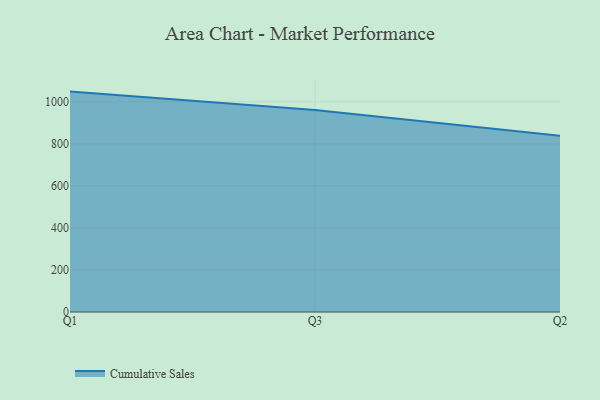
{"axis": {"x": "Quarter", "y": "Bounce Rate (%)"}, "legend": ["Cumulative Sales"], "data": [{"x": "Q1", "y": 1048.3, "type": "Cumulative Sales"}, {"x": "Q3", "y": 960.9, "type": "Cumulative Sales"}, {"x": "Q2", "y": 838.7, "type": "Cumulative Sales"}]}